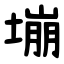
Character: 塴